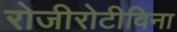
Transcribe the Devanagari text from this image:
रोजीरोटीविना